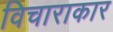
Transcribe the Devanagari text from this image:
विचाराकार